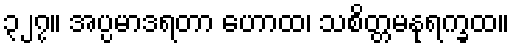
၃၂၇။ အပ္ပမာဒရတာ ဟောထ၊ သစိတ္တမနုရက္ခထ။